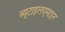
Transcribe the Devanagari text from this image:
ब्यूटाइलएमाइन